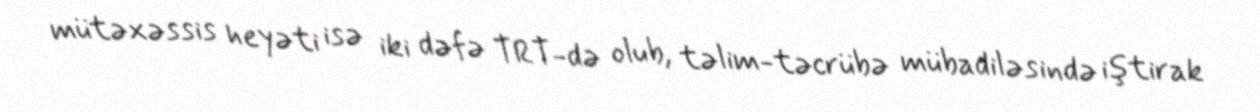
mütəxəssis heyəti isə iki dəfə TRT-də olub, təlim-təcrübə mübadiləsində iştirak